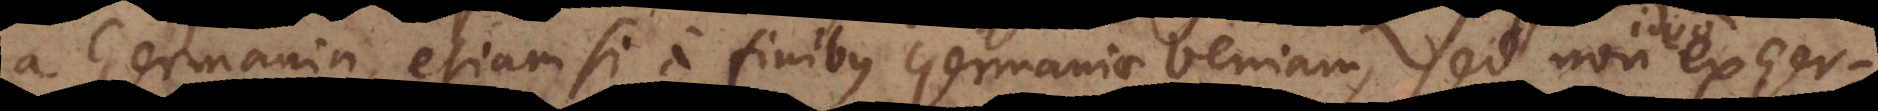
a Germania, etiamsi a finibus Germaniae veniam, sed non ex Ger